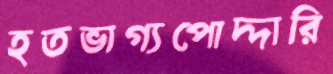
হতভাগ্যপোদ্দারি